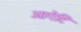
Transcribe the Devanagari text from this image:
आगेटि